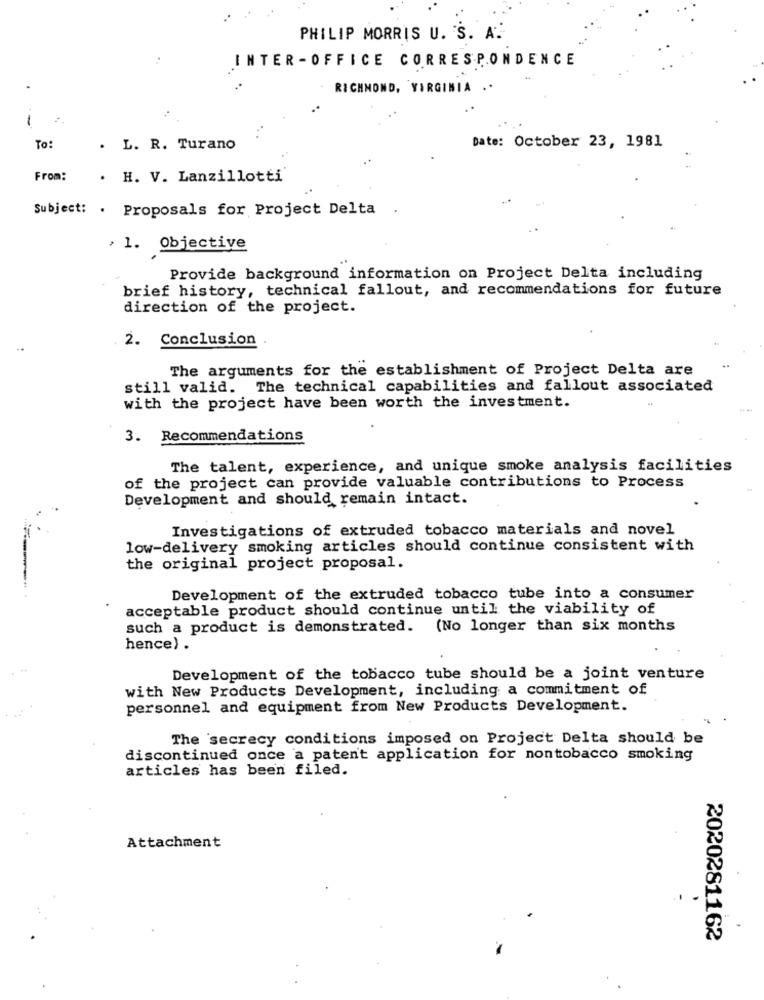
PHILIP MORRIS U. S.
INTER -OFFICE CORRESPONDENCE
RICHMOND, VIRGINIA ..
1 :
Date: October 23, 1981
To:
. L. R. Turano
From:
. H. V. Lanzillotti'
Subject: . Proposals for Project Delta
, 1. Objective
Provide background information on Project Delta including
brief history, technical fallout, and recommendations for future
direction of the project.
. 2. Conclusion
..
The arguments for the establishment of Project Delta are
still valid. The technical capabilities and fallout associated
with the project have been worth the investment.
3. Recommendations
The talent, experience, and unique smoke analysis facilities
of the project can provide valuable contributions to Process
Development and should remain intact.
.
Investigations of extruded tobacco materials and novel
low-delivery smoking articles should continue consistent with
the original project proposal.
Development of the extruded tobacco tube into a consumer
acceptable product should continue until the viability of
such a product is demonstrated. (No longer than six months
hence) .
Development of the tobacco tube should be a joint venture
with New Products Development, including a commitment of
personnel and equipment from New Products Development.
The secrecy conditions imposed on Project Delta should be
discontinued once a patent application for nontobacco smoking
articles has been filed.
Attachment
2020281162